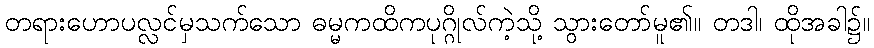
တရားဟောပလ္လင်မှသက်သော ဓမ္မကထိကပုဂ္ဂိုလ်ကဲ့သို့ သွားတော်မူ၏။ တဒါ၊ ထိုအခါ၌။